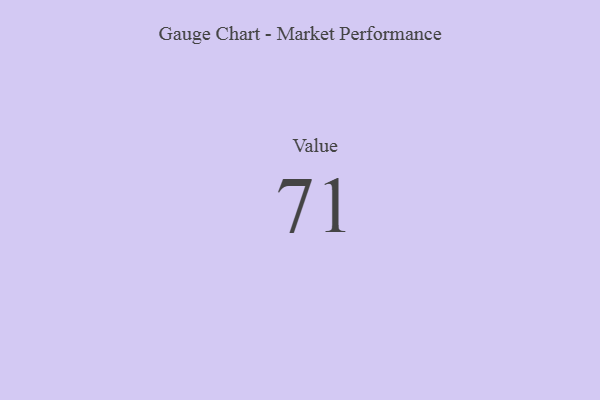
{"axis": {"x": "Metric", "y": "Value"}, "legend": [""], "data": [{"x": "Value", "y": 71, "type": ""}]}